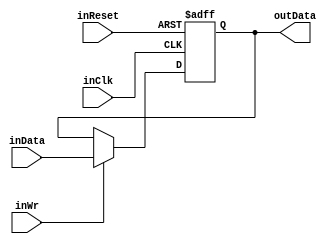
// Modu pamitajcy stan wyjciowy danych z moduu ostatniej rundy

module NoekeonDataOutReg(
	input wire 				inClk,
	input wire				inReset,
	
	input wire	[127:0]	inData,
	input wire				inWr,
	
	output wire [127:0]	outData
);

reg [127:0]		DataOutReg = 128'b0;

always @(posedge(inClk) or posedge(inReset))
begin
	if(inReset == 1'b1) begin
		DataOutReg = 128'b0;
	end else begin
		if(inWr == 1'b1) begin
			DataOutReg = inData;
		end
	end
end

assign outData = DataOutReg;

endmodule